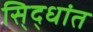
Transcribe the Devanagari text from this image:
सि्द्धांत